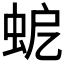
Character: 𧉵